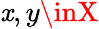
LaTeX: \mathit{x},y\inX